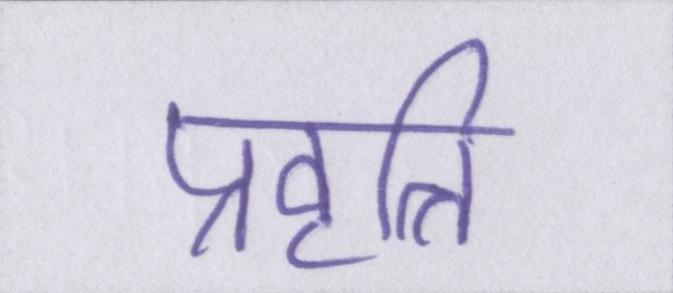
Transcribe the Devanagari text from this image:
प्रवृत्ति